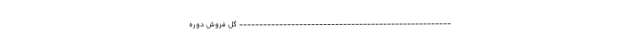
----------------------------------------------------- گل فروش دوره